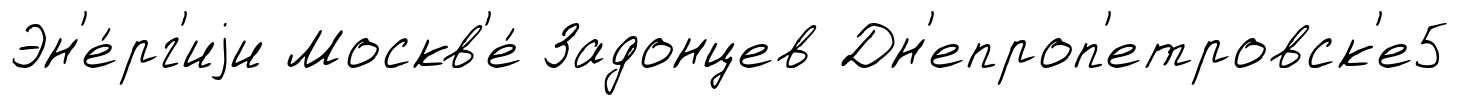
Эн'е́рг'иjи Москв'е́ Задонцев Дн'епроп'етровск'е5